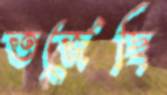
তর্জেছি